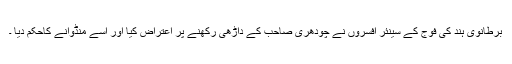
برطانوی ہند کی فوج کے سینئر افسروں نے چودھری صاحب کے داڑھی رکھنے پر اعتراض کیا اور اسے منڈوانے کاحکم دیا ۔